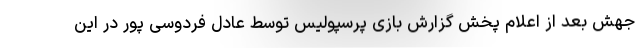
جهش بعد از اعلام پخش گزارش بازی پرسپولیس توسط عادل فردوسی پور در این